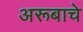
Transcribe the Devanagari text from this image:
अरूबाचे